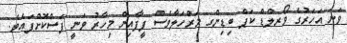
ވަނަ އަހަރުގެ ވޯރލްޑް ކަޕް ބިޑިންގ މަރްހަލާވެސް ފީފާއިން މިހާރު ވަނީ ފަސްކޮށްފައެވެ.